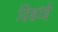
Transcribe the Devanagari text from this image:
दिहाई